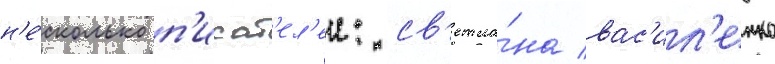
н'е́сколько п'исат'ел'еи: св'етла́на вас'ил'енко